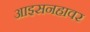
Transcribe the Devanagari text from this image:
आइसनहावर